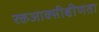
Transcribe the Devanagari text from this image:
रक्तआक्सीक्षीणता